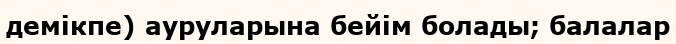
демікпе) ауруларына бейім болады; балалар